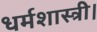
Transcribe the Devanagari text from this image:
धर्मशास्त्री।